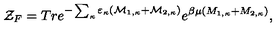
{ \cal Z } _ { F } = T r e ^ { - \sum _ { \kappa } \varepsilon _ { \kappa } ( { \cal M } _ { 1 , \kappa } + { \cal M } _ { 2 , \kappa } ) } e ^ { \beta \mu ( M _ { 1 , \kappa } + M _ { 2 , \kappa } ) } ,